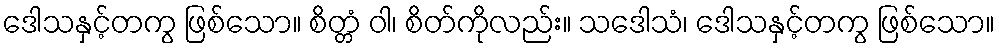
ဒေါသနှင့်တကွ ဖြစ်သော။ စိတ္တံ ဝါ၊ စိတ်ကိုလည်း။ သဒေါသံ၊ ဒေါသနှင့်တကွ ဖြစ်သော။